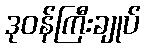
ဒုဝန်ကြီးချုပ်